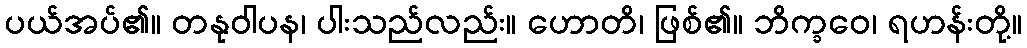
ပယ်အပ်၏။ တနုဝါပန၊ ပါးသည်လည်း။ ဟောတိ၊ ဖြစ်၏။ ဘိက္ခဝေ၊ ရဟန်းတို့။